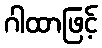
ဂါထာဖြင့်